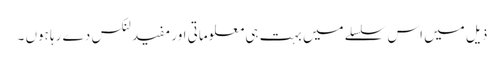
ذیل میں اس سلسلے میں بہت ہی معلوماتی اور مفید لنکس دے رہا ہوں ۔